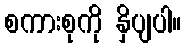
စကားစုကို နှိပျပါ။